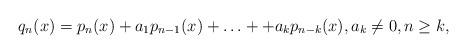
LaTeX: \begin{align*}q_n(x)=p_n(x)+a_1p_{n-1}(x)+\ldots++a_kp_{n-k}(x), a_k \neq 0, n \geq k,\end{align*}